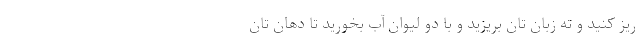
ریز کنید و ته زبان تان بریزید و با دو لیوان آب بخورید تا دهان تان